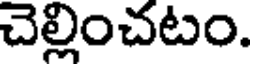
చెల్లించటం.